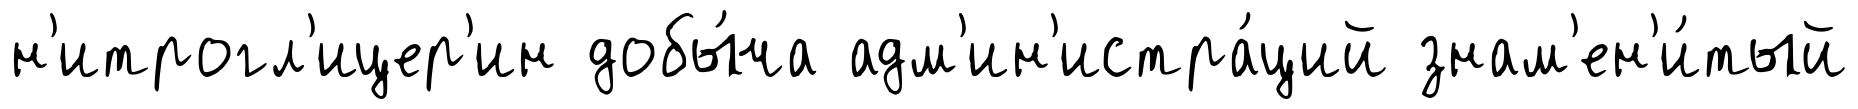
н'итрогл'ицер'ин добы́ча адм'ин'истра́ций знам'ен'и́тый